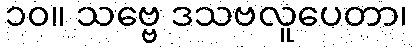
၁၀။ သဗ္ဗေ ဒသဗလူပေတာ၊